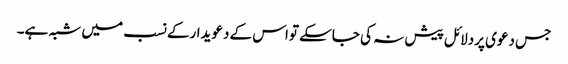
جس دعوی پردلائل پیش نہ کی جاسکے تواس کے دعویدارکے نسب میں شبہ ہے۔